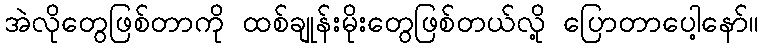
အဲလိုတွေဖြစ်တာကို ထစ်ချုန်းမိုးတွေဖြစ်တယ်လို့ ပြောတာပေါ့နော်။